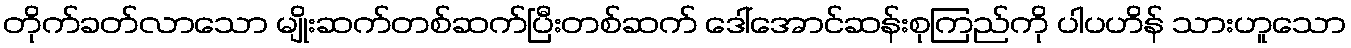
တိုက်ခတ်လာသော မျိုးဆက်တစ်ဆက်ပြီးတစ်ဆက် ဒေါ်အောင်ဆန်းစုကြည်ကို ပါပဟိန် သားဟူသော